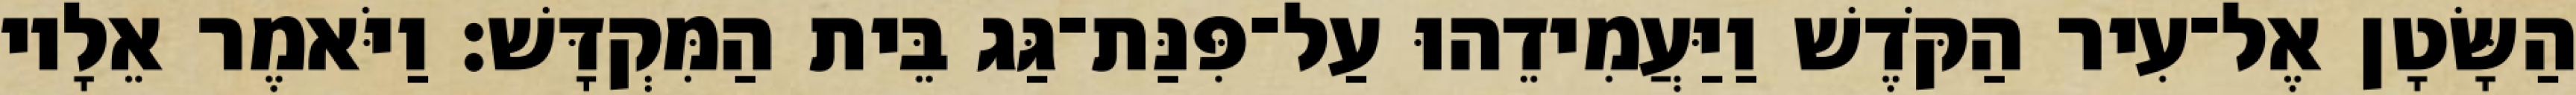
הַשָּׂטָן אֶל־עִיר הַקֹּדֶשׁ וַיַּעֲמִידֵהוּ עַל־פִּנַּת־גַּג בֵּית הַמִּקְדָּשׁ׃ וַיֹּאמֶר אֵלָיו